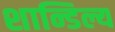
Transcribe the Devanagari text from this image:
शान्डिल्य